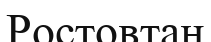
Ростовтан